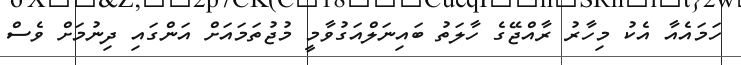
ހަމައެއާ އެކު މިހާރު ރާއްޖޭގެ ހާލަތު ބައިނަލްއަގުވާމީ މުޖުތަމައަށް އަންގައި ދިނުމަށް ވެސް